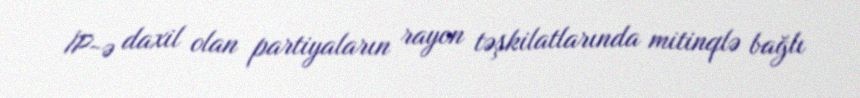
İP-ə daxil olan partiyaların rayon təşkilatlarında mitinqlə bağlı